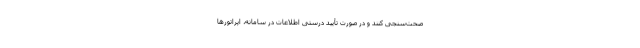
صحت‌سنجی ‌کنند و در صورت تأیید درستی اطلاعات در سامانه، اپراتورها